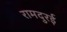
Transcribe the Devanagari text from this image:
रामदुरई